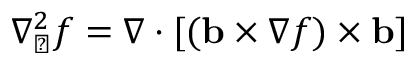
\nabla _ { \perp } ^ { 2 } f = \nabla \cdot [ ( \mathbf { b } \times \nabla f ) \times \mathbf { b } ]